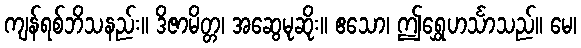
ကျန်ရစ်ဘိသနည်း။ ဒိဇာမိတ္တ၊ အဆွေမုဆိုး။ ဧသော၊ ဤရွှေဟင်္သာသည်။ မေ၊